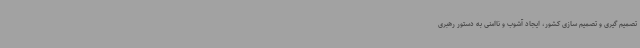
تصمیم گیری و تصمیم سازی کشور، ایجاد آشوب و ناامنی به دستور رهبری